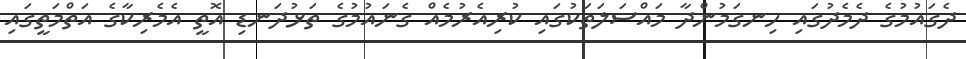
ދެގައުމުގެ ދެމެދުގައި ހިނގަމުންދާ މައްސަލަތަކުގައި ކުރިއެރުމެއް ގެނައުމުގެ ތަޅުދަނޑި އޮތީ އެމެރިކާގެ އަތްމަތީގައި